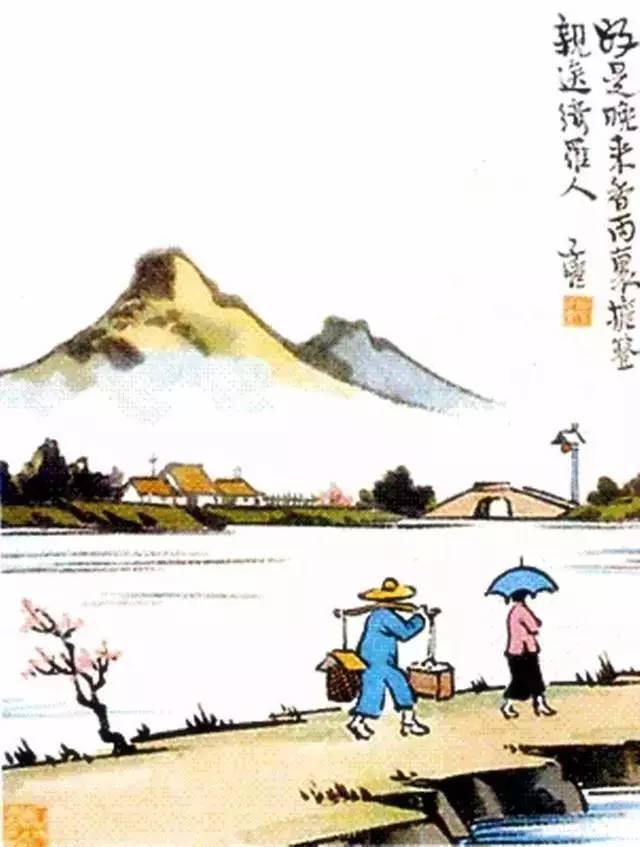
料峭春寒中酒，交加晓梦啼莺。